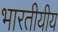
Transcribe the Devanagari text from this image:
भारतीयीय